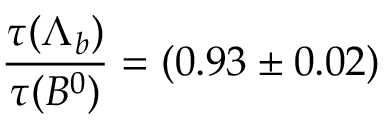
\frac { \tau ( \Lambda _ { b } ) } { \tau ( B ^ { 0 } ) } = ( 0 . 9 3 \pm 0 . 0 2 )